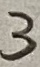
Text: 3